Civil Veterinary Dept. Bombay admin report 1893-99 - 1893-1899
Year: 1893
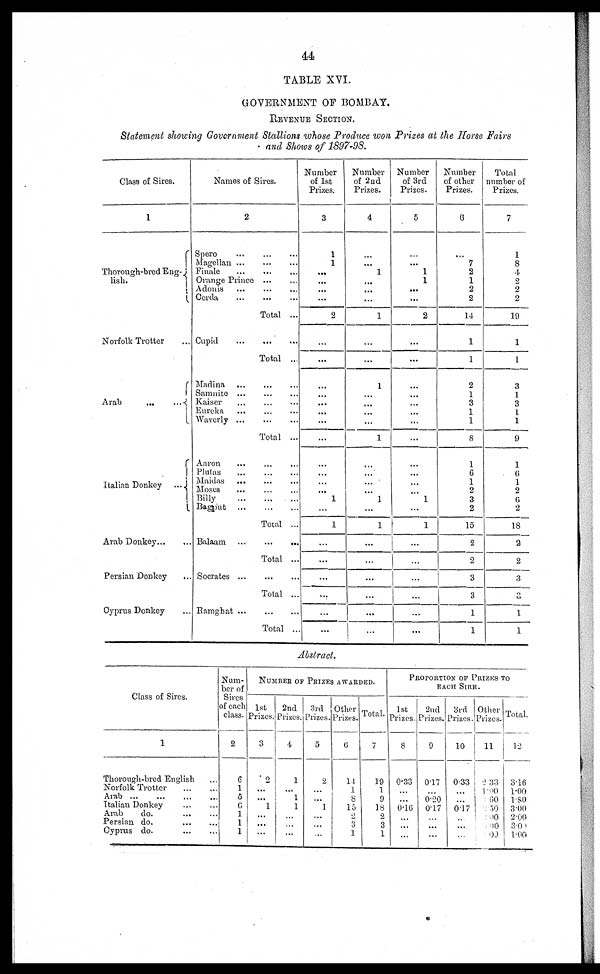
44
TABLE XVI.
GOVERNMENT OF BOMBAY.
REVENUE SECTION.
Statement showing Government Stallions whose Produce won Prizes at the Horse Fairs
and Shows of 1897-98.
Class of Sires.
1
Thorough-bred Eng-
lish.
Norfolk Trotter …
Arab
…
…
Italian Donkey
....
Arab Donkey … …
Persian Donkey …
Cyprus Donkey …
Names of Sires.
2
Spero
…
…
…
Magellan … … …
Finale … … …
Orange Prince … …
Adonis … … …
Cerda
…
…
…
Total ...
Cupid … … …
Total ...
Madina
…
…
…
Samnite
…
…
…
Kaiser … … …
Eureka … … …
Waverly
…
…
…
Total ...
Aaron … … …
Plutas
…
…
…
Maidas
…
…
…
Moses … … …
Billy … … …
Bagpub
…
…
…
Total ...
Balaam
…
…
…
Total ...
Socrates … … …
Total ...
Ramghat
…
…
…
Total …
Number
of 1st
Prizes.
3
1
1
…
....
...
...
2
…
...
…
...
...
...
...
...
…
...
...
1
…
1
… …
...
...
...
…
...
Number
of 2nd
Prizes.
4
…
...
1
...
...
...
1
...
...
1
...
…
...
…
1
… …
...
…
1
...
1
...
...
...
…
…
…
Number
of 3rd
Prizes.
5
…
... 1
1
...
...
2
...
...
…
...
...
...
...
...
…
… …
…
1
…
1
…
…
…
…
...
...
Number
of other
Prizes.
6
…
7 2
1
2
2
14
1
1
2
1
3
1
1
8
1
6
1
2
3
2
15
2
2
3
3
1
1
Total
number of
Prizes.
7
1
8
4
2
2
2
19
1
1
3
1
3
1
1
9
1
6
1
2
6
2
18
2
2
3
3
1
1
Abstract.
Class of Sires.
1
Thorough-bred English …
Norfolk Trotter
…
…
Arab … … … …
Italian Donkey
…
…
Arab
do.
…
…
Persian do. … …
Cyprus do.
…
…
Num-
ber of
Sires
of each
class.
2
6
1
5
6
1
1
1
NUMBER OF PRIZES AWARDED.
1st
Prizes.
3
2
...
...
1
...
...
...
2nd
Prizes.
4
1
...
1
1
…
…
…
3rd
Prizes.
5
2
…
…
1
…
…
…
Other
Prizes.
6
14
1
8
15
2
3
1
Total.
7
19
1
9
18
2
3
1
PROPORTION OF PRIZES TO
EACH SIRE.
1st
Prizes.
8
0.33
…
...
0.16
…
...
…
2nd
Prizes.
9
0.17
…
0.20
0.17
…
...
…
3rd
Prizes.
10
0.33
…
…
017
…
…
…
Other
Prizes.
11
2.33
1.00
1.60
2.50
2.00
3.00
1.00
Total.
12
3.16
1.00
1.80
3.00
2.00
3.00
1.00